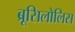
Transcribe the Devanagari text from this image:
ब्रूसिलोलिस